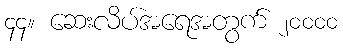
၄၄။ ဆေးလိပ်အရေအတွက် ၂၀၀၀၀